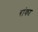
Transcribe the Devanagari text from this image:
रांका